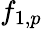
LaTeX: f_{1,p}